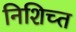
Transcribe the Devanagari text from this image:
निशिच्त